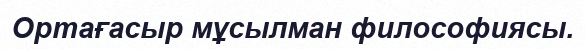
Ортағасыр мұсылман философиясы.